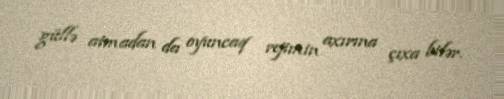
güllə atmadan da oyuncaq rejimin axırına çıxa bilər.